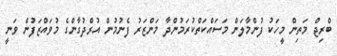
ބްރިޖް މަތިން މީހަކު ފުންމާލަން މަސައްކަތްކުރަމުންދާ މަންޒަރު ފެނުމުން އުރްދުގާންގެ މުވައްޒަފުން ވަނީ